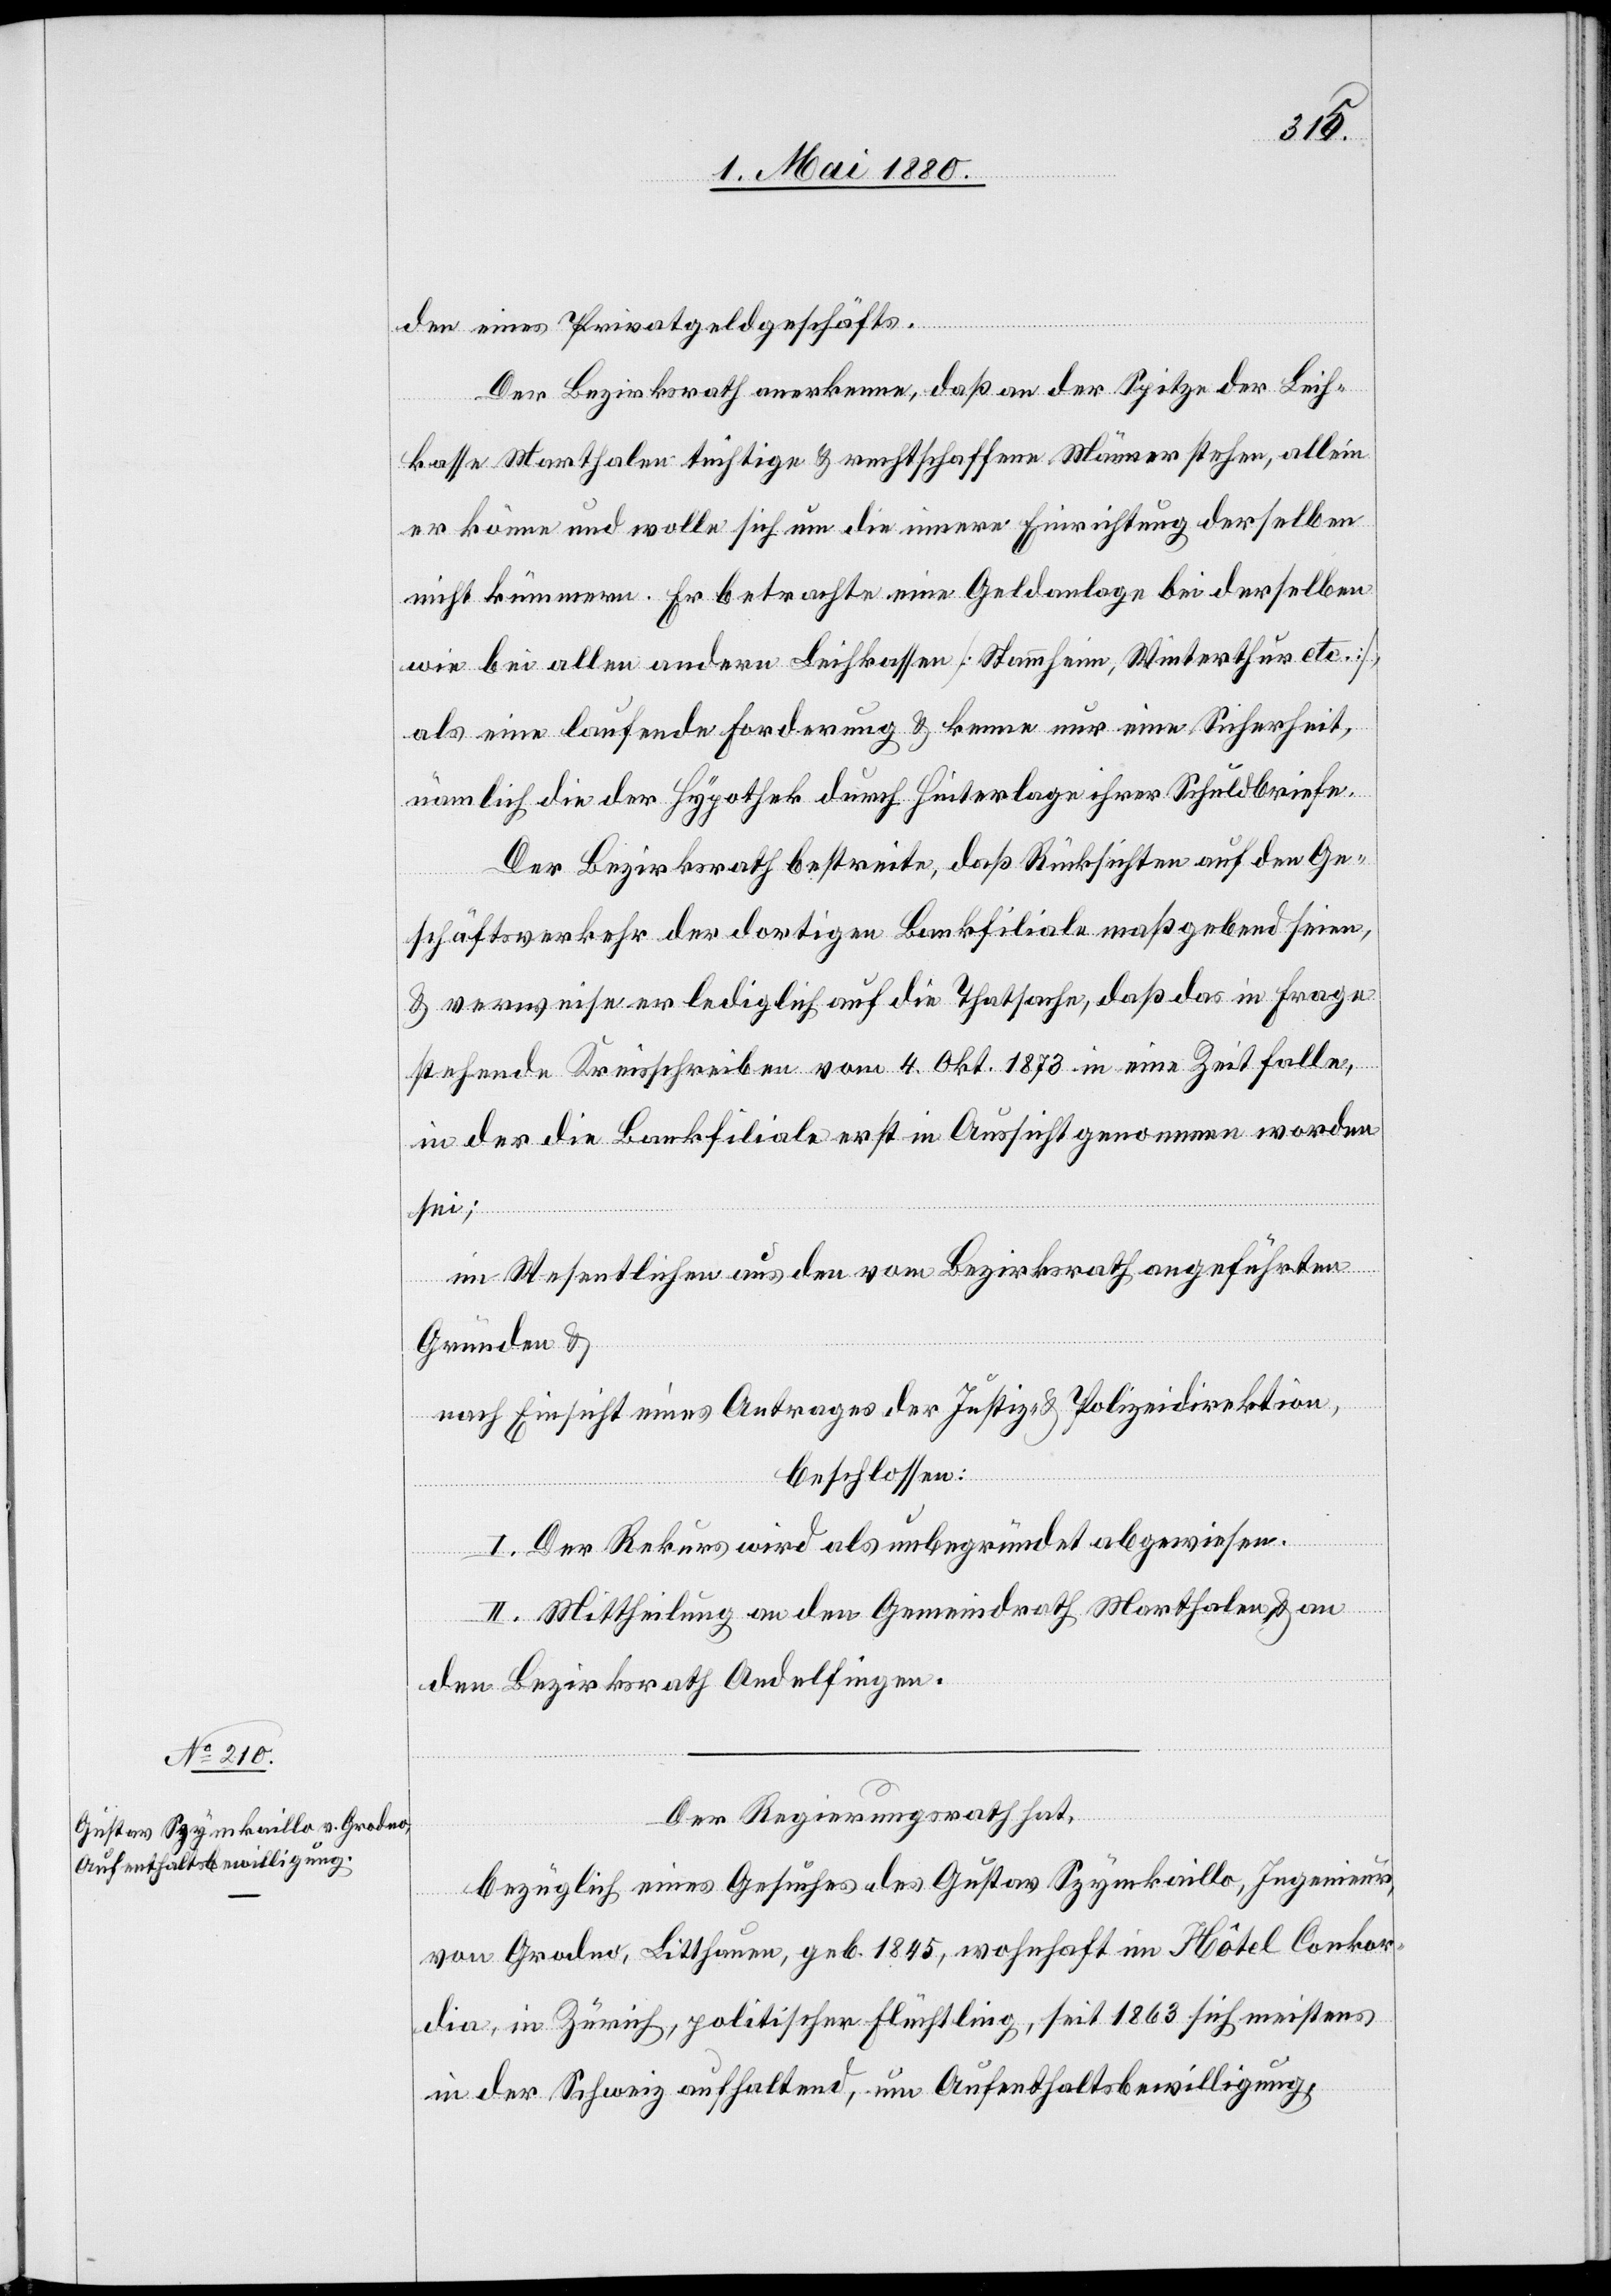
den eines Privatgeldgeschäfts.
Der Bezirksrath anerkenne, daß an der Spitze der Leih¬
kasse Marthalen tüchtige & rechtschaffene Männer stehen, allein
er könne und wolle sich um die innere Einrichtung derselben
nicht kümmern. Er betrachte eine Geldanlage bei derselben
wie bei allen andern Leihkassen [Stammheim, Winterthur etc.],
als eine laufende Forderung & kenne nur eine Sicherheit,
nämlich die der Hypothek durch Hinterlage ihrer Schuldbriefe.
Der Bezirksrath bestreite, daß Rücksichten auf den Ge¬
schäftsverkehr der dortigen Bankfiliale maßgebend seien,
& verweise lediglich auf die Thatsache, daß das in Frage
stehende Kreisschreiben vom 4. Okt 1873 in eine Zeit falle,
in der die Bankfiliale erst in Aussicht genommen worden
sei;
im Wesentlichen aus den vom Bezirksrath angeführten
Gründen &
nach Einsicht eines Antrages der Justiz- & Polizeidirektion,
beschlossen:
I. Der Rekurs wird als unbegründet abgewiesen.
II. Mittheilung an den Gemeindrath Marthalen & an
den Bezirksrath Andelfingen.
Der Regierungsrath hat,
bezüglich eines Gesuches des Gustav Szynkaillo, Ingenieur,
von Grodno, Litthauen, geb. 1845, wohnhaft im Hôtel Conkor¬
dia, in Zürich, politischen Flüchtling, seit 1863 sich meistens
in der Schweiz aufhaltend, um Aufenthaltsbewilligung